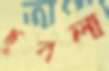
ছুবলা